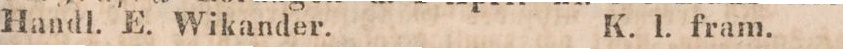
Handl. E. Wikander.    K. l. fram.